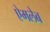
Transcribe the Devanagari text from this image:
ऐमलैब